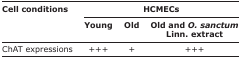
<table><thead><tr><td rowspan="3"><b>Cell conditions</b></td><td colspan="3"><b>HCMECs</b></td></tr><tr><td><b>Young</b></td><td><b>Old</b></td><td><b>Old and <i>O. sanctum</i> Linn. extract</b></td></tr></thead><tbody><tr><td>ChAT expressions</td><td>+++</td><td>+</td><td>+++</td></tr></tbody></table>